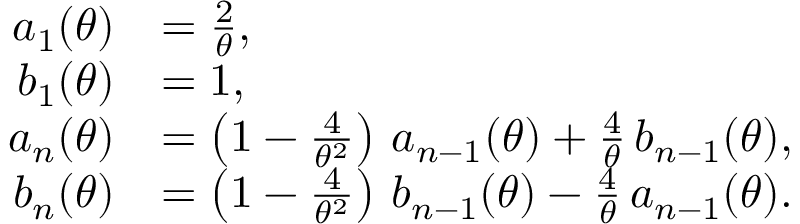
{ \begin{array} { r l } { a _ { 1 } ( \theta ) } & { = { \frac { 2 } { \theta } } , } \\ { b _ { 1 } ( \theta ) } & { = 1 , } \\ { a _ { n } ( \theta ) } & { = \left( 1 - { \frac { 4 } { \theta ^ { 2 } } } \right) \, a _ { n - 1 } ( \theta ) + { \frac { 4 } { \theta } } \, b _ { n - 1 } ( \theta ) , } \\ { b _ { n } ( \theta ) } & { = \left( 1 - { \frac { 4 } { \theta ^ { 2 } } } \right) \, b _ { n - 1 } ( \theta ) - { \frac { 4 } { \theta } } \, a _ { n - 1 } ( \theta ) . } \end{array} }